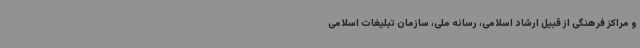
و مراکز فرهنگی از قبیل ارشاد اسلامی، رسانه ملی، سازمان تبلیغات اسلامی